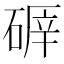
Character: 𥔈